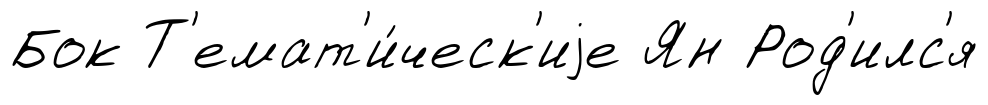
Бок Т'емат'и́ческ'иjе Ян Род'илс'я